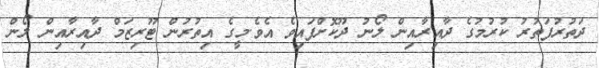
ދަތުރުފަތުރު ކުރުމުގެ ދާއިރާއިން ލޯނު ދޫކޮށްފައިވެ އެވެ.މީގެ އިތުރުން ޓޫރިޒަމް ދާއިރާއިން ލޯން